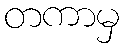
တကာမှ